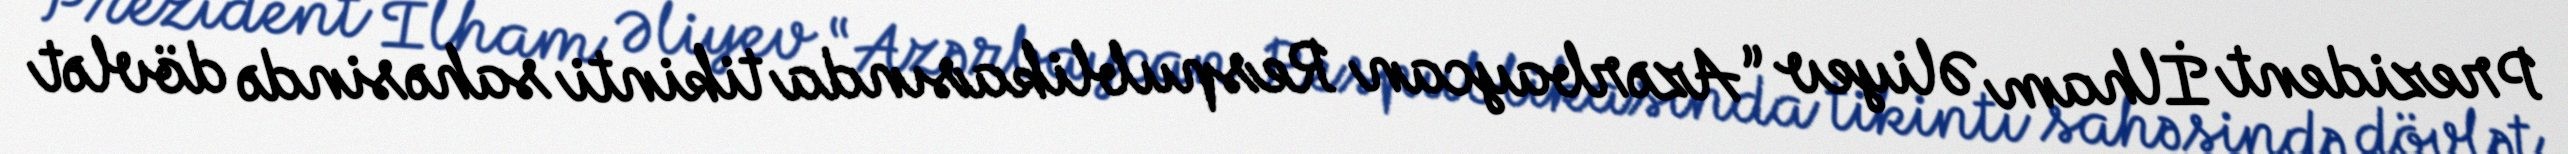
Prezident İlham Əliyev “Azərbaycan Respublikasında tikinti sahəsində dövlət